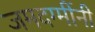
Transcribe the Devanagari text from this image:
जमदग्मींनी